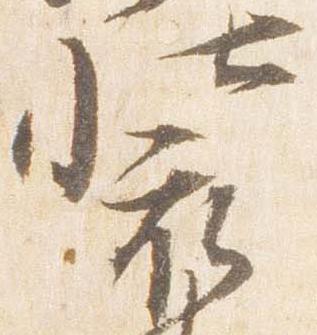
装